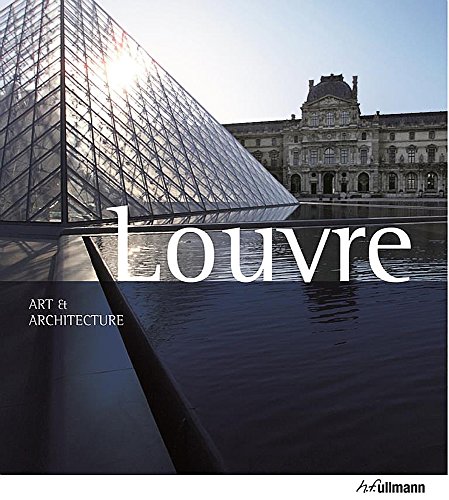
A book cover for Art & Architecture Louvre; Gabriele Bartz; Arts & Photography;